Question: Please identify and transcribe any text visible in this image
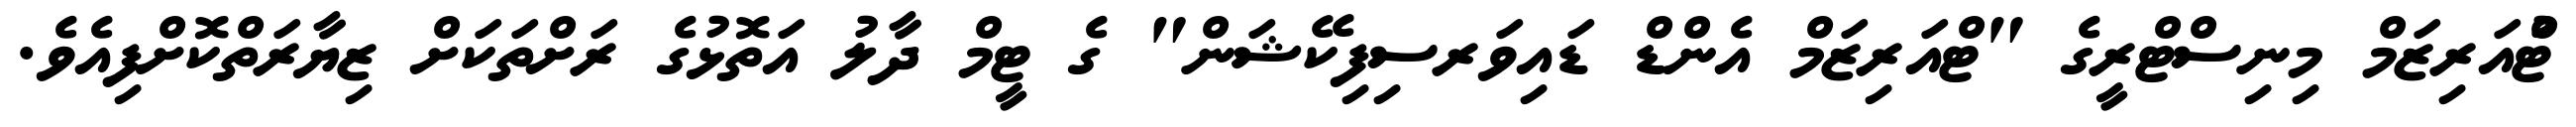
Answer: ޓްުއަރިޒަމް މިނިސްޓްރީގެ "ޓްއަރިޒަމް އެންޑް ޑައިވަރސިފިކޭޝަން" ގެ ޓީމް ދާލު އަތޮޅުގެ ރަށްތަކަށް ޒިޔާރަތްކޮށްފިއެވެ.